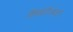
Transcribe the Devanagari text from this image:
शिखंडीआडून